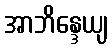
အာဘိန္ဒေယျ